Specificity of antivenomous sera, with special reference to a serum prepared with the venom of Daboia russellii - Number 16
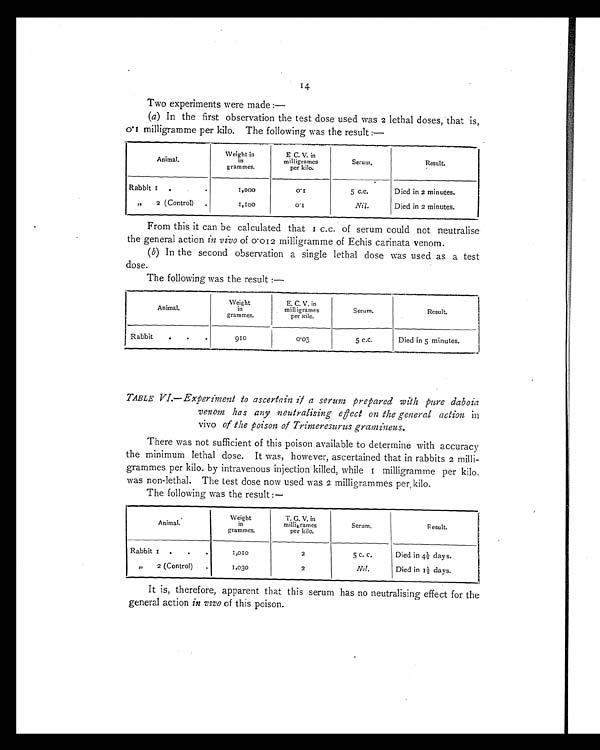
14
Two experiments were made :—
(a) In the first observation the test dose used was 2 lethal doses, that is,
milligramme per kilo. The following was the result :—
Animal.
Weight in
in
grammes.
E C. V. in
milligrames
per kilo.
Serum.
Result.
Rabbit 1
.
1 , 0 0 0
0.1
5 c.c.
Died in 2 minutes.
” 2 (Control) .
1 , 1 0 0
0 . 1
Nil.
Died in 2 minutes.
From this it can be calculated that 1 c.c. of serum could not neutralise
the general action in vivo of 0.012 milligramme of Echis carinata venom.
(b) In the second observation a single lethal dose was used as a test
dose.
The following was the result :—
Animal.
Weight
in
grammes.
E. C. V. in
milligrames
per kilo.
Serum.
Result.
Rabbit
.
.
.
910
0.03
5 c.c.
Died in 5 minutes.
TABLE VI.—Experiment to ascertain it a serum prepared with pure daboia
venom has any neutralising effect on the general action in
vivo of the poison of Trimeresurus gramineus.
There was not sufficient of this poison available to determine with accuracy
the minimum lethal dose. It was, however, ascertained that in rabbits 2 milli-
grammes per kilo. by intravenous injection killed, while milligramme per kilo.
was non-lethal. The test dose now used was 2 milligrammes per, kilo.
The following was the result :—
Animal.
Weight
in
grammes.
T. G. V. in
milligrames
per kilo.
Serum.
Result.
Rabbit I
.
.
.
1 , 0 1 0
2 5 c. c.
Died in 4½ days.
”
2 (Control)
.
1,030
2
Nil.
Died in 1½ days.
It is, therefore, apparent that this serum has no neutralising effect for the
general action in vivo of this poison.